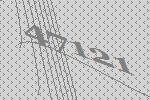
47121